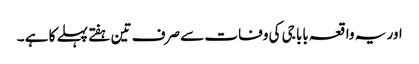
اور یہ واقعہ بابا جی کی وفات سے صرف تین ہفتے پہلے کا ہے ۔